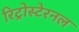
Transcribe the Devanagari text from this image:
रिट्रोस्टेरनल